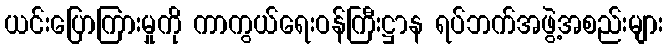
ယင်းပြောကြားမှုကို ကာကွယ်ရေးဝန်ကြီးဋ္ဌာန ရပ်ဘက်အဖွဲ့အစည်းများ